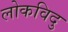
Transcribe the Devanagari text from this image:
लोकविदु